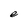
Character: e